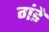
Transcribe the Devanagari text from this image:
गंडे